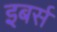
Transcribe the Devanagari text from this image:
इबर्स